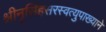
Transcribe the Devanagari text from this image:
श्रीनृसिंहसरस्वत्युपाख्याने